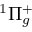
^ 1 \Pi _ { g } ^ { + }